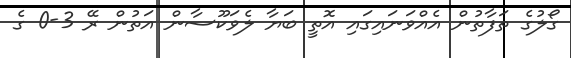
ގޯލުގެ ތަފާތުން އެއްވަނައިގައި އޮތީ ބަޔާ ލެވަކޫސާން އަތުން ރޭ 3-0 ގެ